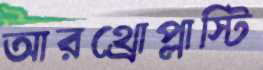
আরথ্রোপ্লাস্টি